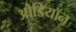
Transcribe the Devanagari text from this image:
ओडियॉन